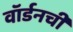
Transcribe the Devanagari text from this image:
वॉर्डनची